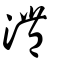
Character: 灃